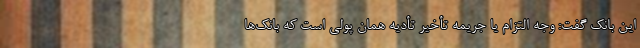
این بانک گفت: وجه التزام یا جریمه تأخیر تأدیه همان پولی است که بانک‌ها